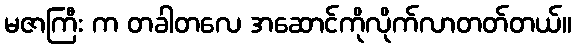
မဇာကြီး က တခါတလေ အဆောင်ကိုလိုက်လာတတ်တယ်။